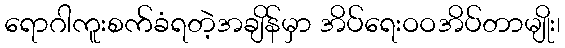
ရောဂါကူးစက်ခံရတဲ့အချိန်မှာ အိပ်ရေးဝဝအိပ်တာမျိုး၊